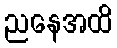
ညနေအထိ